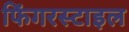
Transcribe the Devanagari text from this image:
फिंगरस्टाइल